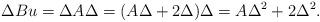
LaTeX: \begin{align*}\Delta Bu = \Delta A\Delta = (A\Delta + 2\Delta)\Delta = A\Delta^2 + 2\Delta^2. \end{align*}